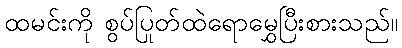
ထမင်းကို စွပ်ပြုတ်ထဲရောမွှေပြီးစားသည်။